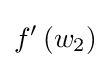
f'\left(w_{2}\right)